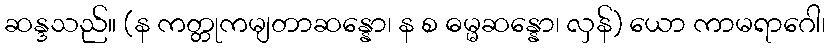
ဆန္ဒသည်။ (န ကတ္တုကမျတာဆန္နော၊ န စ ဓမ္မဆန္နော၊ လှန်) ယော ကာမရာဂေါ၊